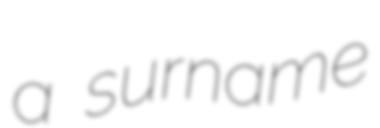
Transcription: a surname